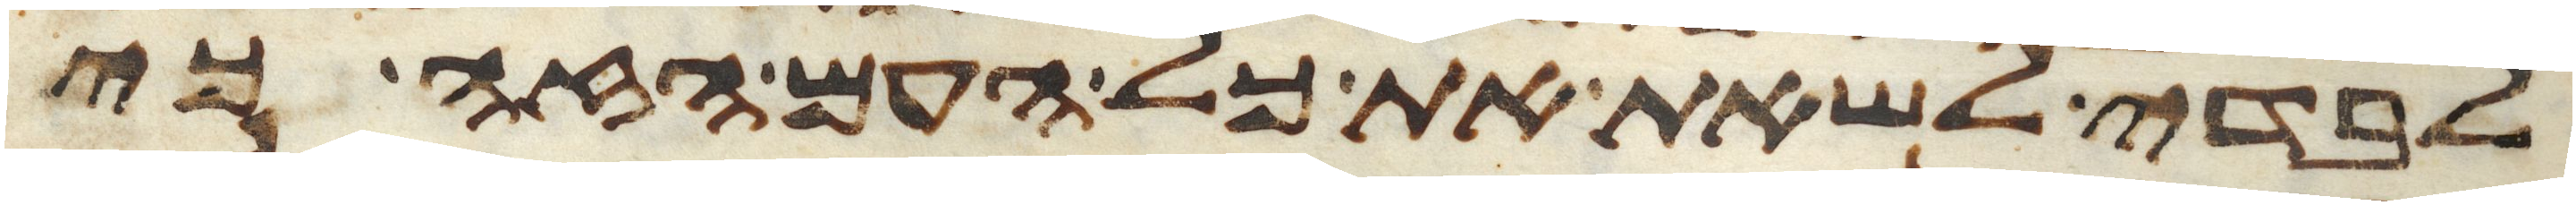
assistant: לבדי לשאת את כל העם הזה כי